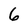
Character: 6